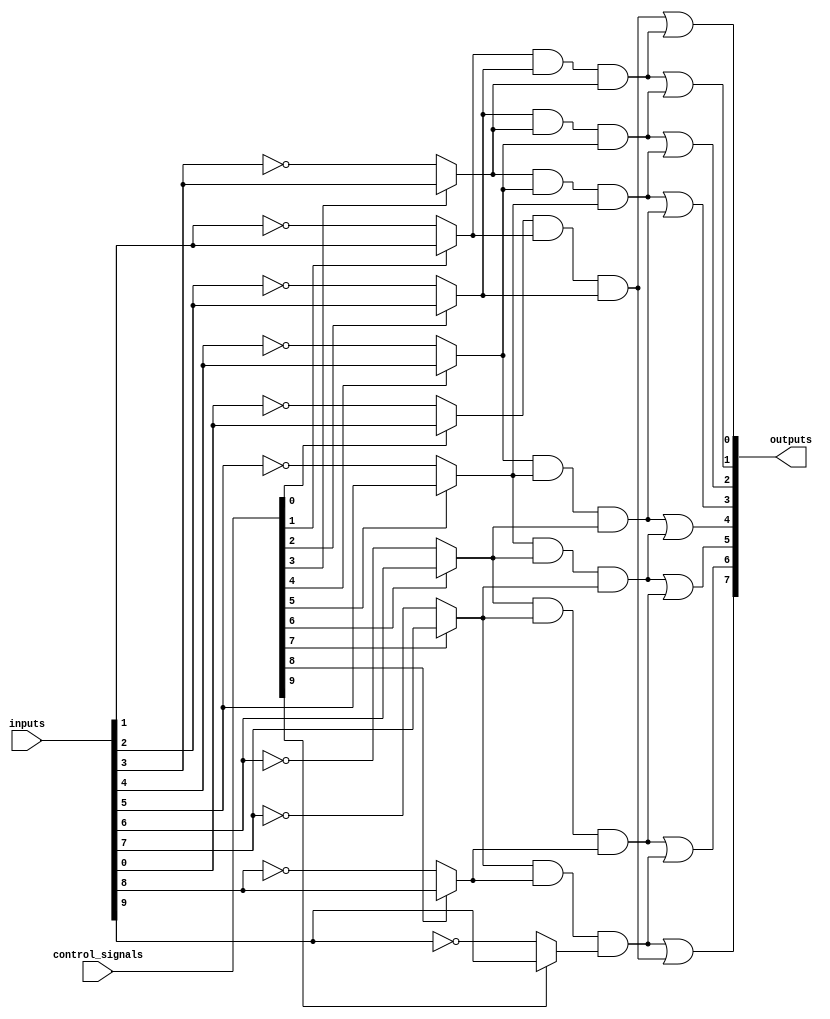
module FusedPAL (
    input wire [31:0] inputs,          // 32 input signals
    input wire [31:0] control_signals, // Control signals for programming
    output wire [7:0] outputs          // 8 output signals
);

// Define the size of the programmable AND array
parameter NUM_AND_TERMS = 8; // Number of programmable AND gates
parameter NUM_OUTPUTS = 8;    // Number of outputs

// Programmable AND array
wire [NUM_AND_TERMS-1:0] and_outputs; // Outputs of the AND gates

// Programmable AND gates
generate
    genvar i;
    for (i = 0; i < NUM_AND_TERMS; i = i + 1) begin : and_array
        // Each AND gate can accept a programmable combination of inputs
        assign and_outputs[i] = (control_signals[i] ? inputs[i] : ~inputs[i]) & 
                                 (control_signals[i+1] ? inputs[i+1] : ~inputs[i+1]) & 
                                 (control_signals[i+2] ? inputs[i+2] : ~inputs[i+2]);
    end
endgenerate

// Fixed OR array
assign outputs[0] = and_outputs[0] | and_outputs[1]; // Output 0
assign outputs[1] = and_outputs[1] | and_outputs[2]; // Output 1
assign outputs[2] = and_outputs[2] | and_outputs[3]; // Output 2
assign outputs[3] = and_outputs[3] | and_outputs[4]; // Output 3
assign outputs[4] = and_outputs[4] | and_outputs[5]; // Output 4
assign outputs[5] = and_outputs[5] | and_outputs[6]; // Output 5
assign outputs[6] = and_outputs[6] | and_outputs[7]; // Output 6
assign outputs[7] = and_outputs[7] | and_outputs[0]; // Output 7

endmodule